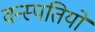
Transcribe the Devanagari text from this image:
वन्स्पतियों